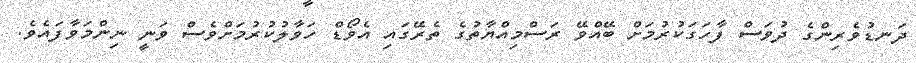
ދަނޑުވެރިންގެ ދުވަސް ފާހަގަކުރުމަށް ބޭއްވޭ ރަސްމިއްޔާތުގެ ތެރޭގައި އެވޯޑް ހަވާލުކުރުމަށްވެސް ވަނީ ނިންމަވާފައެވެ.